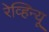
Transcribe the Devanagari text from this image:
रेव्हिन्यू